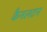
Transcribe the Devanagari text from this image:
कैनलटन